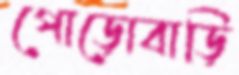
পোড়োবাড়ি